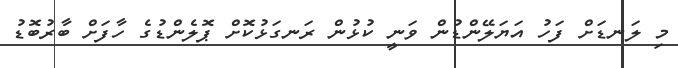
މި ލަނޑަށް ފަހު އަޔަލޭންޑުން ވަނީ ކުޅުން ރަނގަޅުކޮށް ޕޮލެންޑުގެ ހާފަށް ބާރުބޮޑު